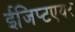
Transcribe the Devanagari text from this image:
ईजिप्टएयर